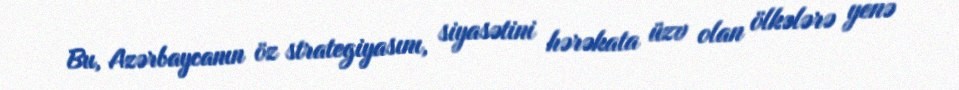
Bu, Azərbaycanın öz strategiyasını, siyasətini hərəkata üzv olan ölkələrə yenə